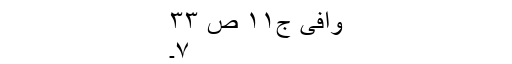
وافی ج١١ ص ٣٣
٧۔